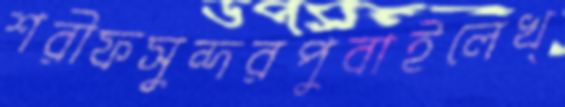
শরীফসুন্দরপুবাইলেখ্